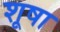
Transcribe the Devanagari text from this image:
शूषा